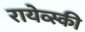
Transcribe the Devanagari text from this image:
रायेव्स्की